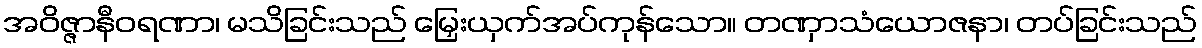
အဝိဇ္ဇာနီဝရဏာ၊ မသိခြင်းသည် မြှေးယှက်အပ်ကုန်သော။ တဏှာသံယောဇနာ၊ တပ်ခြင်းသည်